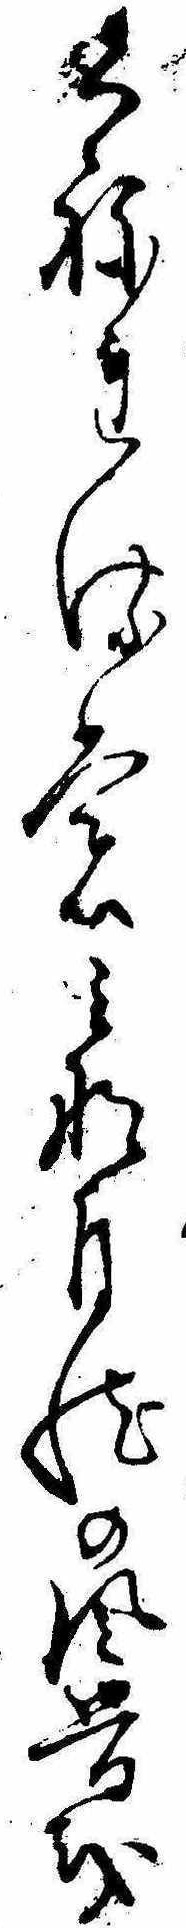
くねれるもみな自然の風骨を